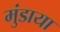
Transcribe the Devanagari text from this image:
मुंडाया